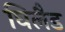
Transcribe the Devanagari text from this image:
घिलैड